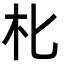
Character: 朼